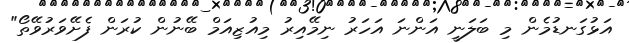
އަޅުގަނޑުމެން މި ބަލަނީ އަންނަ އަހަރު ނިމޭއިރު މިއުޒިއަމް ބޭނުން ކުރަން ފެށޭވަރުވޭތޯ"